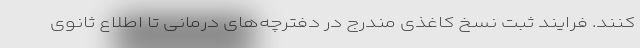
کنند. فرایند ثبت نسخ کاغذی مندرج در دفترچه‌های درمانی تا اطلاع ثانوی